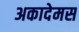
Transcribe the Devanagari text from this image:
अकादेमस